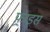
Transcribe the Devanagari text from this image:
फ़्राइस